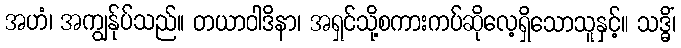
အဟံ၊ အကျွန်ုပ်သည်။ တယာဝါဒိနာ၊ အရှင်သို့စကားကပ်ဆိုလေ့ရှိသောသူနှင့်။ သဒ္ဓိံ၊